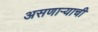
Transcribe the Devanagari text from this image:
असणाऱ्याची